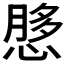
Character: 𫺲